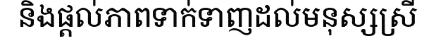
និងផ្តល់ភាពទាក់ទាញដល់មនុស្សស្រី